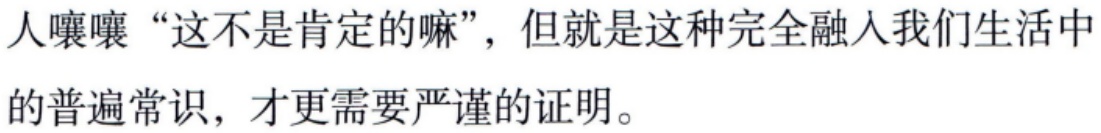
人嚷嚷“这不是肯定的嘛”，但就是这种完全融入我们生活中的普遍常识，才更需要严谨的证明。